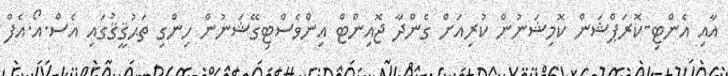
އާއި އެންޓި-ކޮރަޕްޝަން ކޮމިޝަނުން ކުރިއަށް ގެންދާ ޖޮއިންޓް އިންވެސްޓިގޭޝަނުން ހިންގި ތަޙުޤީޤުގައި އެސް.އޯ.އެފް